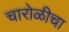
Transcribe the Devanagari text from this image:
चारोळीचा